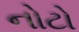
નોટો